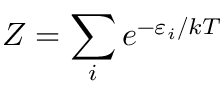
Z = \sum _ { i } e ^ { - \varepsilon _ { i } / k T }